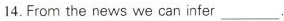
14.From the news we can infer ___.